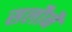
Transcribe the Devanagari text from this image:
सलौनैं